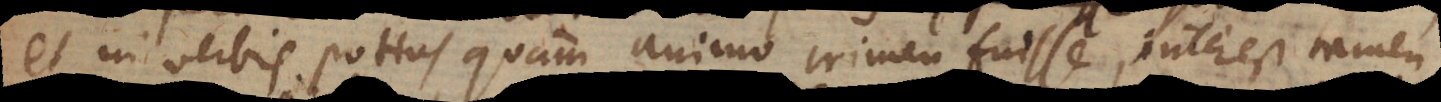
et in verbis potius quam animo crimen fuisse, interest tamen